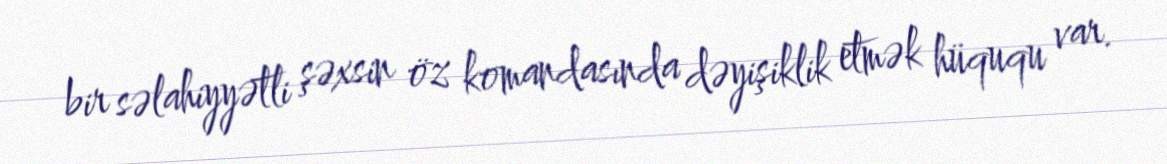
bir səlahiyyətli şəxsin öz komandasında dəyişiklik etmək hüququ var.